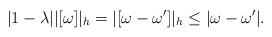
LaTeX: \begin{align*} |1-\lambda||[\omega]|_h = |[\omega - \omega']|_h \leq |\omega - \omega'|. \end{align*}